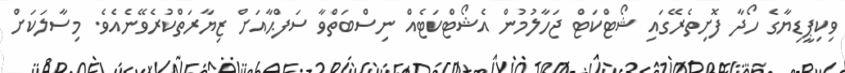
ވިކިޕީޑިޔާގެ ހޯދާ ފޮށިތެރޭގައި ޝޯޓްކަޓް ޖަހާލުމުން އެޝޯޓްކަޓެއް ނިސްބަތްވާ ސަފްޙާއަށް ޒިޔާރަތްކުރެވޭނެއެވެ. މިސާލަކަށް